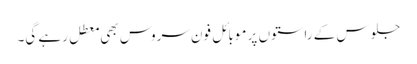
جلوس کے راستوں پر موبائل فون سروس بھی معطل رہے گی۔